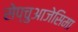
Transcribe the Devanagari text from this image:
सेप्चुआजेसिमा